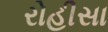
રોહીસા